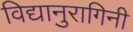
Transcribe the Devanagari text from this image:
विद्यानुरागिनी